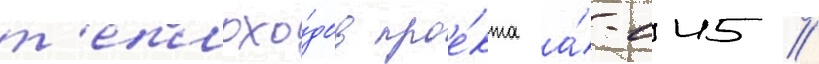
т'еплохо́дов прое́кта а́-145 //